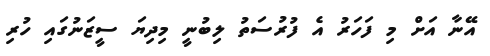
އޭނާ އަށް މި ފަހަރު އެ ފުރުސަތު ލިބުނީ މިދިޔަ ސީޒަނުގައި ހުރި